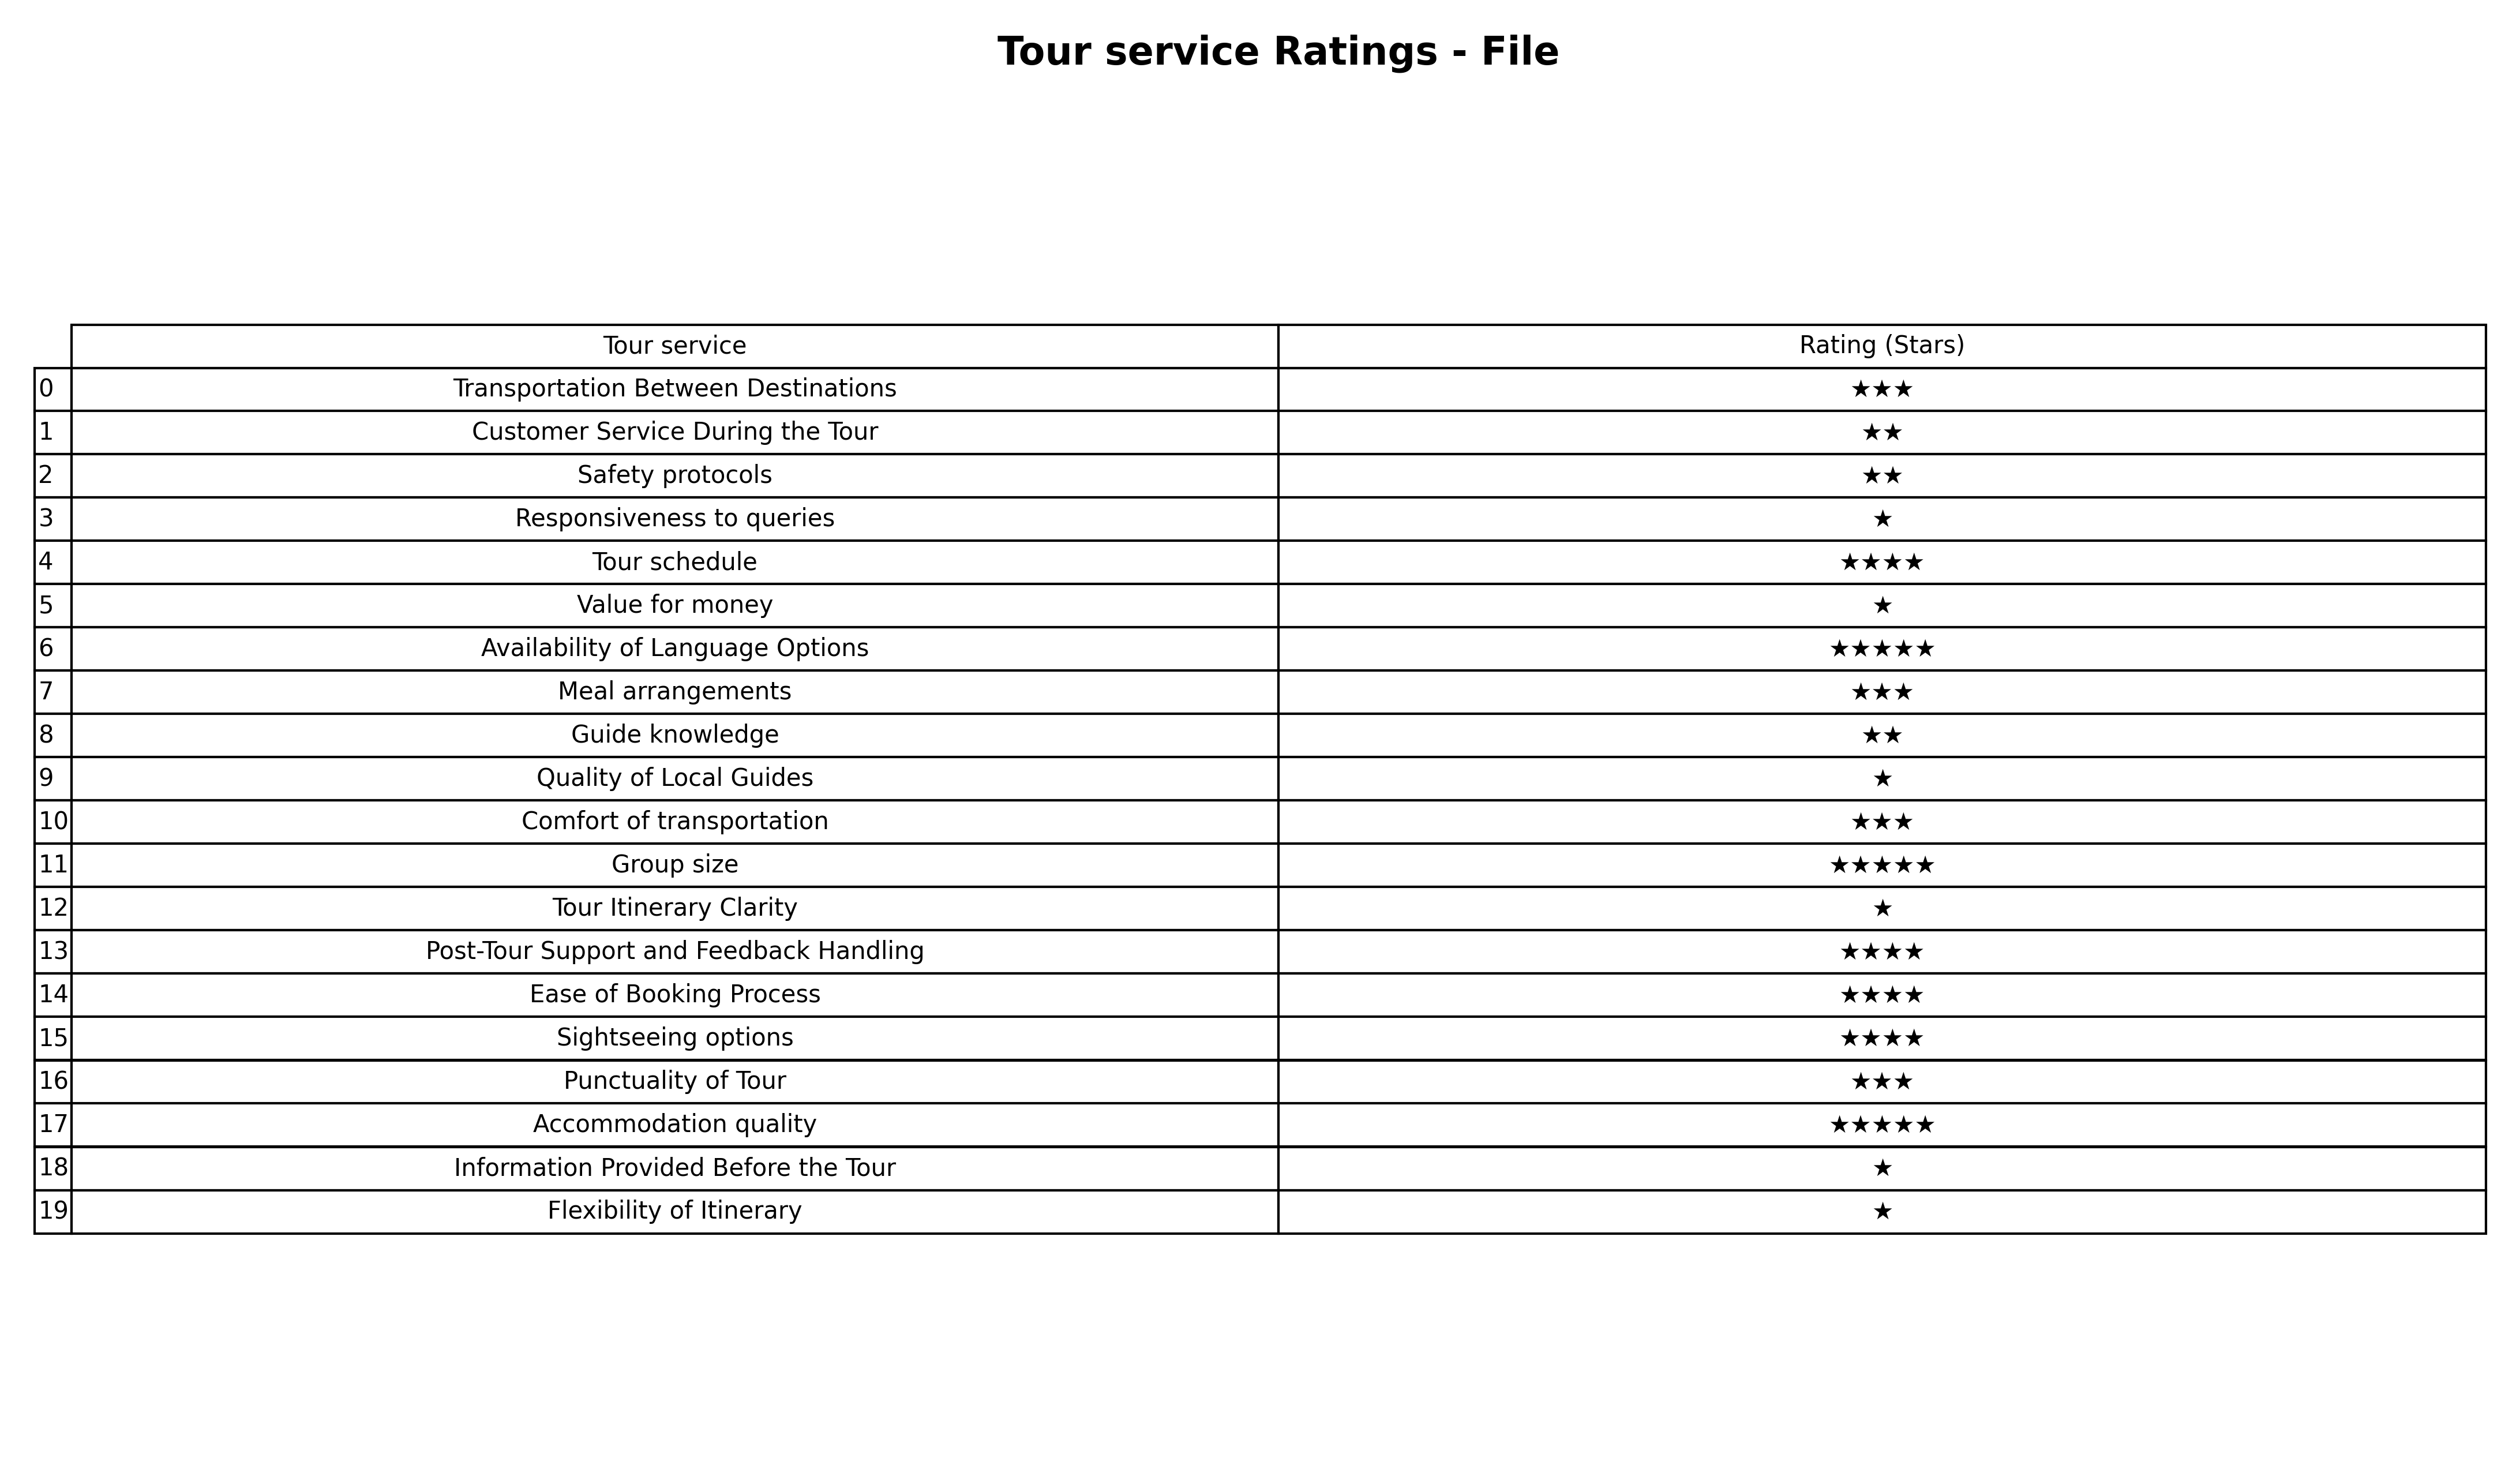
question: Which services are rated average?
answer: Transportation Between DestinationsMeal arrangementsComfort of transportationPunctuality of Tour